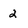
Character: 2